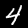
Digit: 4